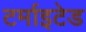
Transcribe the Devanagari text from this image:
टर्माइटेड